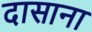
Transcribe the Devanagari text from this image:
दासाना